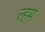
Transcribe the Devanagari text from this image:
ल्हम